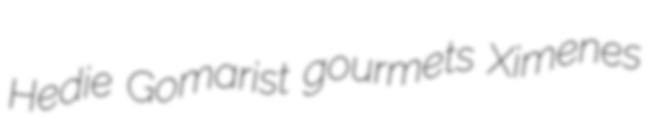
Hedie Gomarist gourmets Ximenes